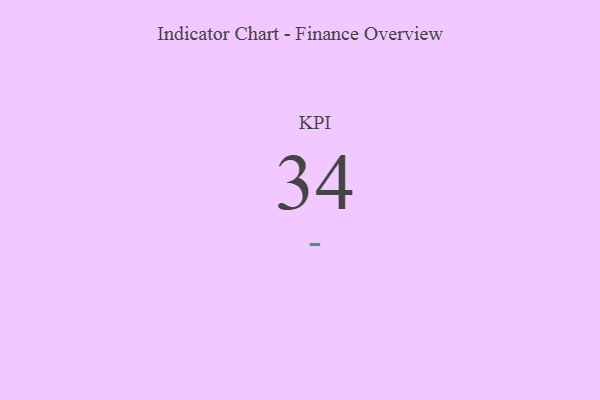
{"axis": {"x": "KPI", "y": "Value"}, "legend": [""], "data": [{"x": "KPI", "y": 34, "type": ""}]}